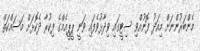
މެންބަރުންނަށް މިއަދު ފޮނުއްވި ސިޓީގައި ވިދާޅުވެފައި ވަނީ ޕީޕީއެމްގެ ފިކުރާ ދެކޮޅަށް މަސައްކަތް